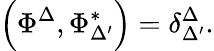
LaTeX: \left(\Phi^{\Delta},\Phi_{\Delta^{\prime}}^{*}\right)=\delta_{\Delta^{\prime}}^{\Delta}.